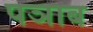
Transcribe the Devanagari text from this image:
पञाब